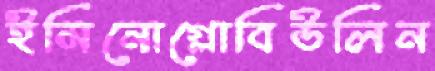
ইমিনোগ্লোবিউলিন